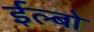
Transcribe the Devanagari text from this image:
ईल्बो